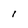
Character: I